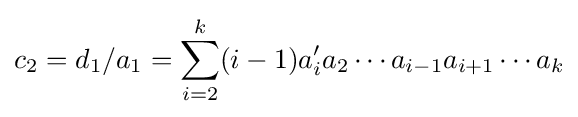
c_{2}=d_{1}/a_{1}=\sum _{i=2}^{k}(i-1)a_{i}'a_{2}\cdots a_{i-1}a_{i+1}\cdots a_{k}